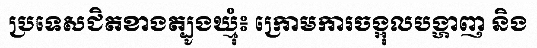
ប្រទេសជិតខាងត្បូងឃ្មុំ៖ ក្រោមការចង្អុលបង្ហាញ និង